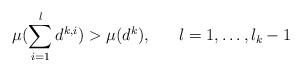
LaTeX: \begin{align*}\mu (\sum_{i=1}^l d^{k, i}) > \mu(d^k), \;\;\;\;\;\; l = 1, \dots, l_k -1\end{align*}